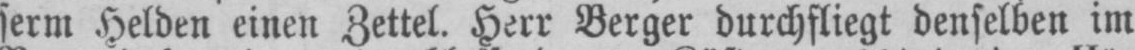
serm Helden einen Zettel. Herr Berger durchfliegt denselben im